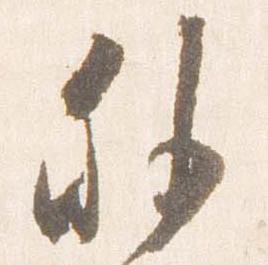
外